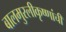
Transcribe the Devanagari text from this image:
बालमुरलीकृष्णांची